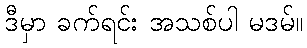
ဒီမှာ ခက်ရင်း အသစ်ပါ မဒမ်။